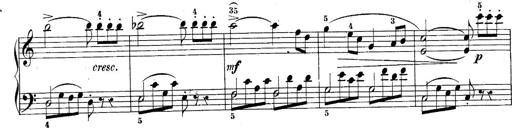
Title: 10 Sonatines progressives
Composer: Anton Schmoll